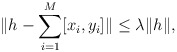
\begin{align*}\|h-\sum_{i=1}^M[x_i,y_i]\|\leq \lambda \|h\|,\end{align*}